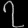
Digit: ၇